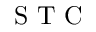
\mathrm { ~ S ~ T ~ C ~ }